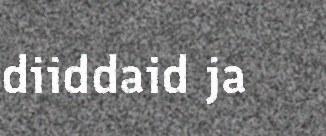
diiddaid ja